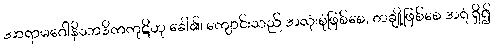
အာရာမဂေါနိသာဒိကကုဋိဟု ခေါ်၏၊ ကျောင်းသည် အလုံးစုံဖြစ်စေ, တချို့ဖြစ်စေ အရံ ရှိ၍